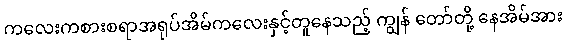
ကလေးကစားစရာအရုပ်အိမ်ကလေးနှင့်တူနေသည့် ကျွန် တော်တို့ နေအိမ်အား